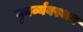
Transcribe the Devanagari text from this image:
पुनर्व्यवस्थन